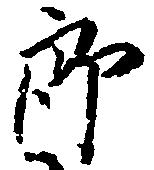
郎